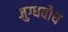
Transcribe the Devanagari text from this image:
मुग्धवोध